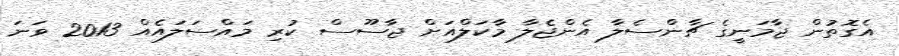
އެގޮތުން ޖާމަނީގެ ޗާންސެލާ އެންޖެލާ މާކަލްއަށް ޖާސޫސް ކުރި މައްސަލައެއް 2013 ވަނަ